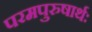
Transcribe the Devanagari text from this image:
परमपुरुषार्थः